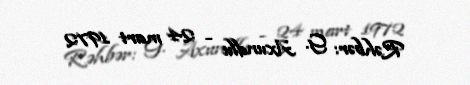
Rəhbər: G. Axundlu - 24 mart 1972